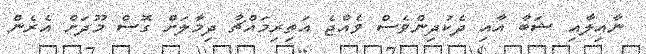
ނާއިލާއި ޝަބާ އާއި ދެކުދިންވެސް ވެއްޖެ އަތިރިމައްޗާ ދިމާލަށް ގޮސް މޫދަށް އެރެން